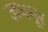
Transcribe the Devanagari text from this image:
जयमूर